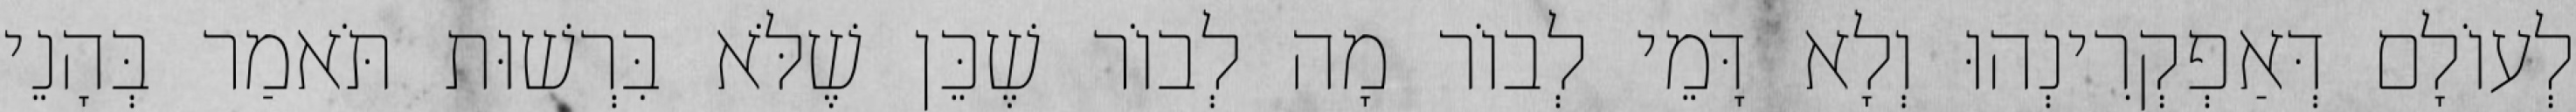
לְעוֹלָם דְּאַפְקְרִינְהוּ וְלָא דָּמֵי לְבוֹר מָה לְבוֹר שֶׁכֵּן שֶׁלֹּא בִּרְשׁוּת תֹּאמַר בְּהָנֵי